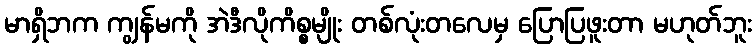
မာရှိဘက ကျွန်မကို အဲဒီလိုကိစ္စမျိုး တစ်လုံးတလေမှ ပြောပြဖူးတာ မဟုတ်ဘူး